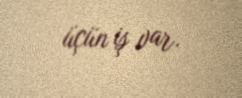
üçün iş var.